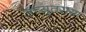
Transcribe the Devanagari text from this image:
अच्युतराया